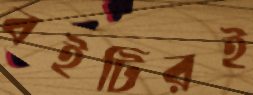
বইটিরই